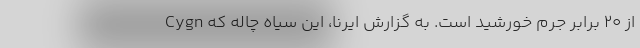
از ۲۰ برابر جرم خورشید است. به گزارش ایرنا، این سیاه چاله که Cygn